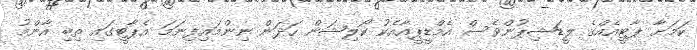
ކަމަށާ ޕާޓީއެއްގެ ލީޑަޝިޕުންވެސް އެމްޑީޕީއާއެކު ކޯލިޝަން ހަދަން ނިންމައިފިނަމަ އެޕާޓީގައި ތިބި އާންމު